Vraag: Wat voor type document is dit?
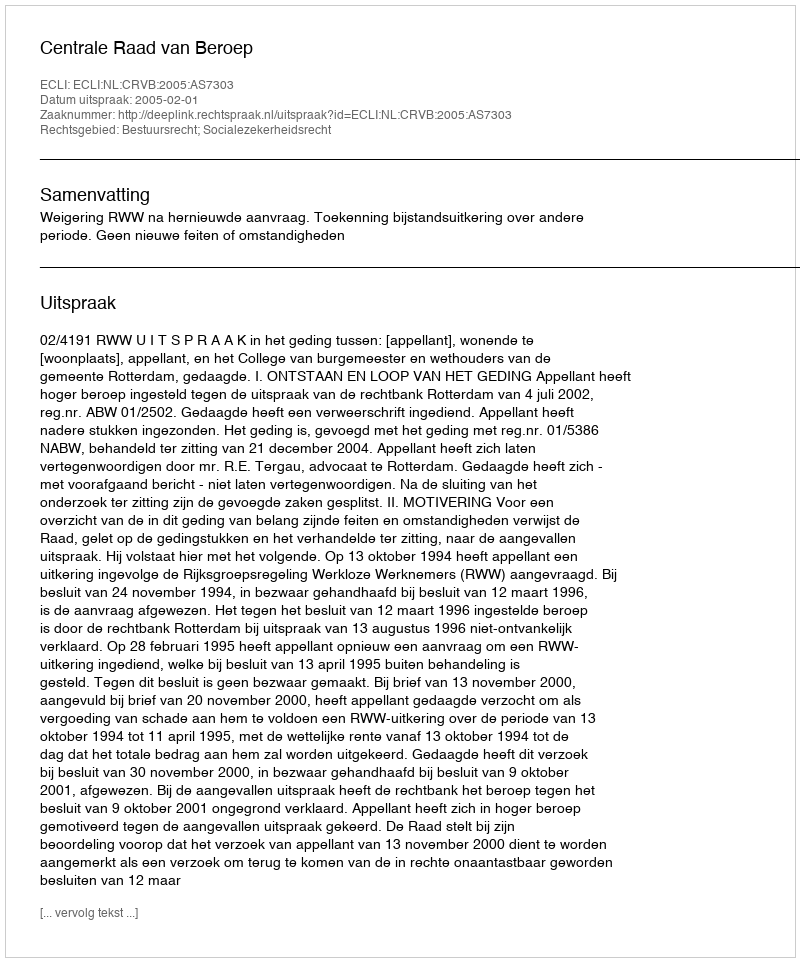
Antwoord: Uitspraak